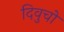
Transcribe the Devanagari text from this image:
दिवुचो